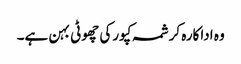
وہ اداکارہ کرشمہ کپورکی چھوٹی بہن ہے۔